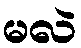
မလဲ